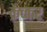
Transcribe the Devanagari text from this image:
क्रेच्कर